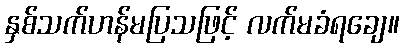
နှစ်သက်ဟန်မပြသဖြင့် လက်မခံရချေ။